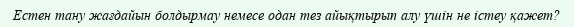
Естен тану жағдайын болдырмау немесе одан тез айықтырып алу үшін не істеу қажет?